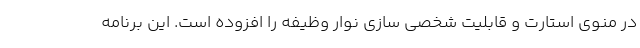
در منوی استارت و قابلیت شخصی سازی نوار وظیفه را افزوده است. این برنامه